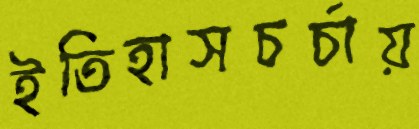
ইতিহাসচর্চায়